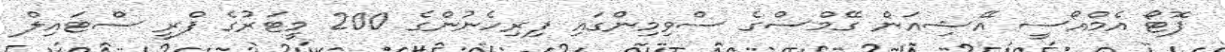
ފޮޓޯ އެމްއޯސީ އޭޝިއަން ގޭމްސްގެ ސްވިމިންގައި ފިރިހެނުންގެ 200 މީޓަރުގެ ފްރީ ސްޓައިލް